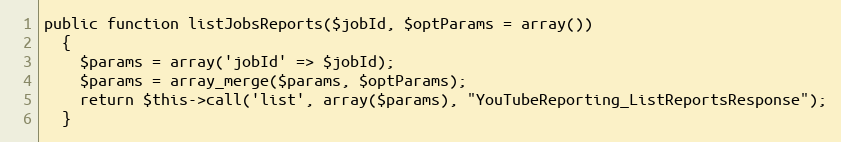
Language: PHP
public function listJobsReports($jobId, $optParams = array())
  {
    $params = array('jobId' => $jobId);
    $params = array_merge($params, $optParams);
    return $this->call('list', array($params), "YouTubeReporting_ListReportsResponse");
  }